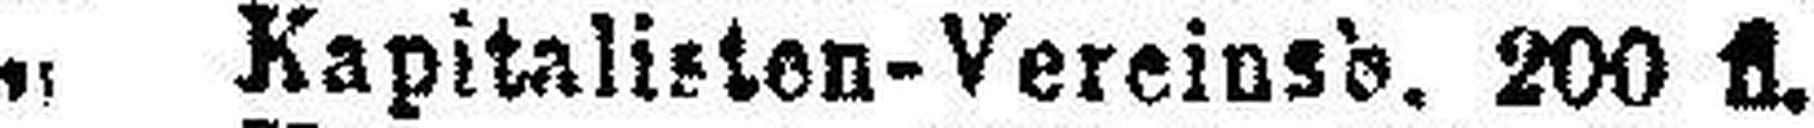
„ Kapitalisten-Vereinsb. 200 fl.